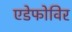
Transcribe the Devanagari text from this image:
एडेफोविर